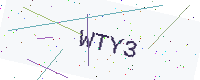
Text: WTY3